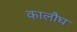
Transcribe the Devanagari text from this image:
कालौघ